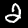
Label: 2